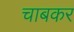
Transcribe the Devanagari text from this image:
चाबकर